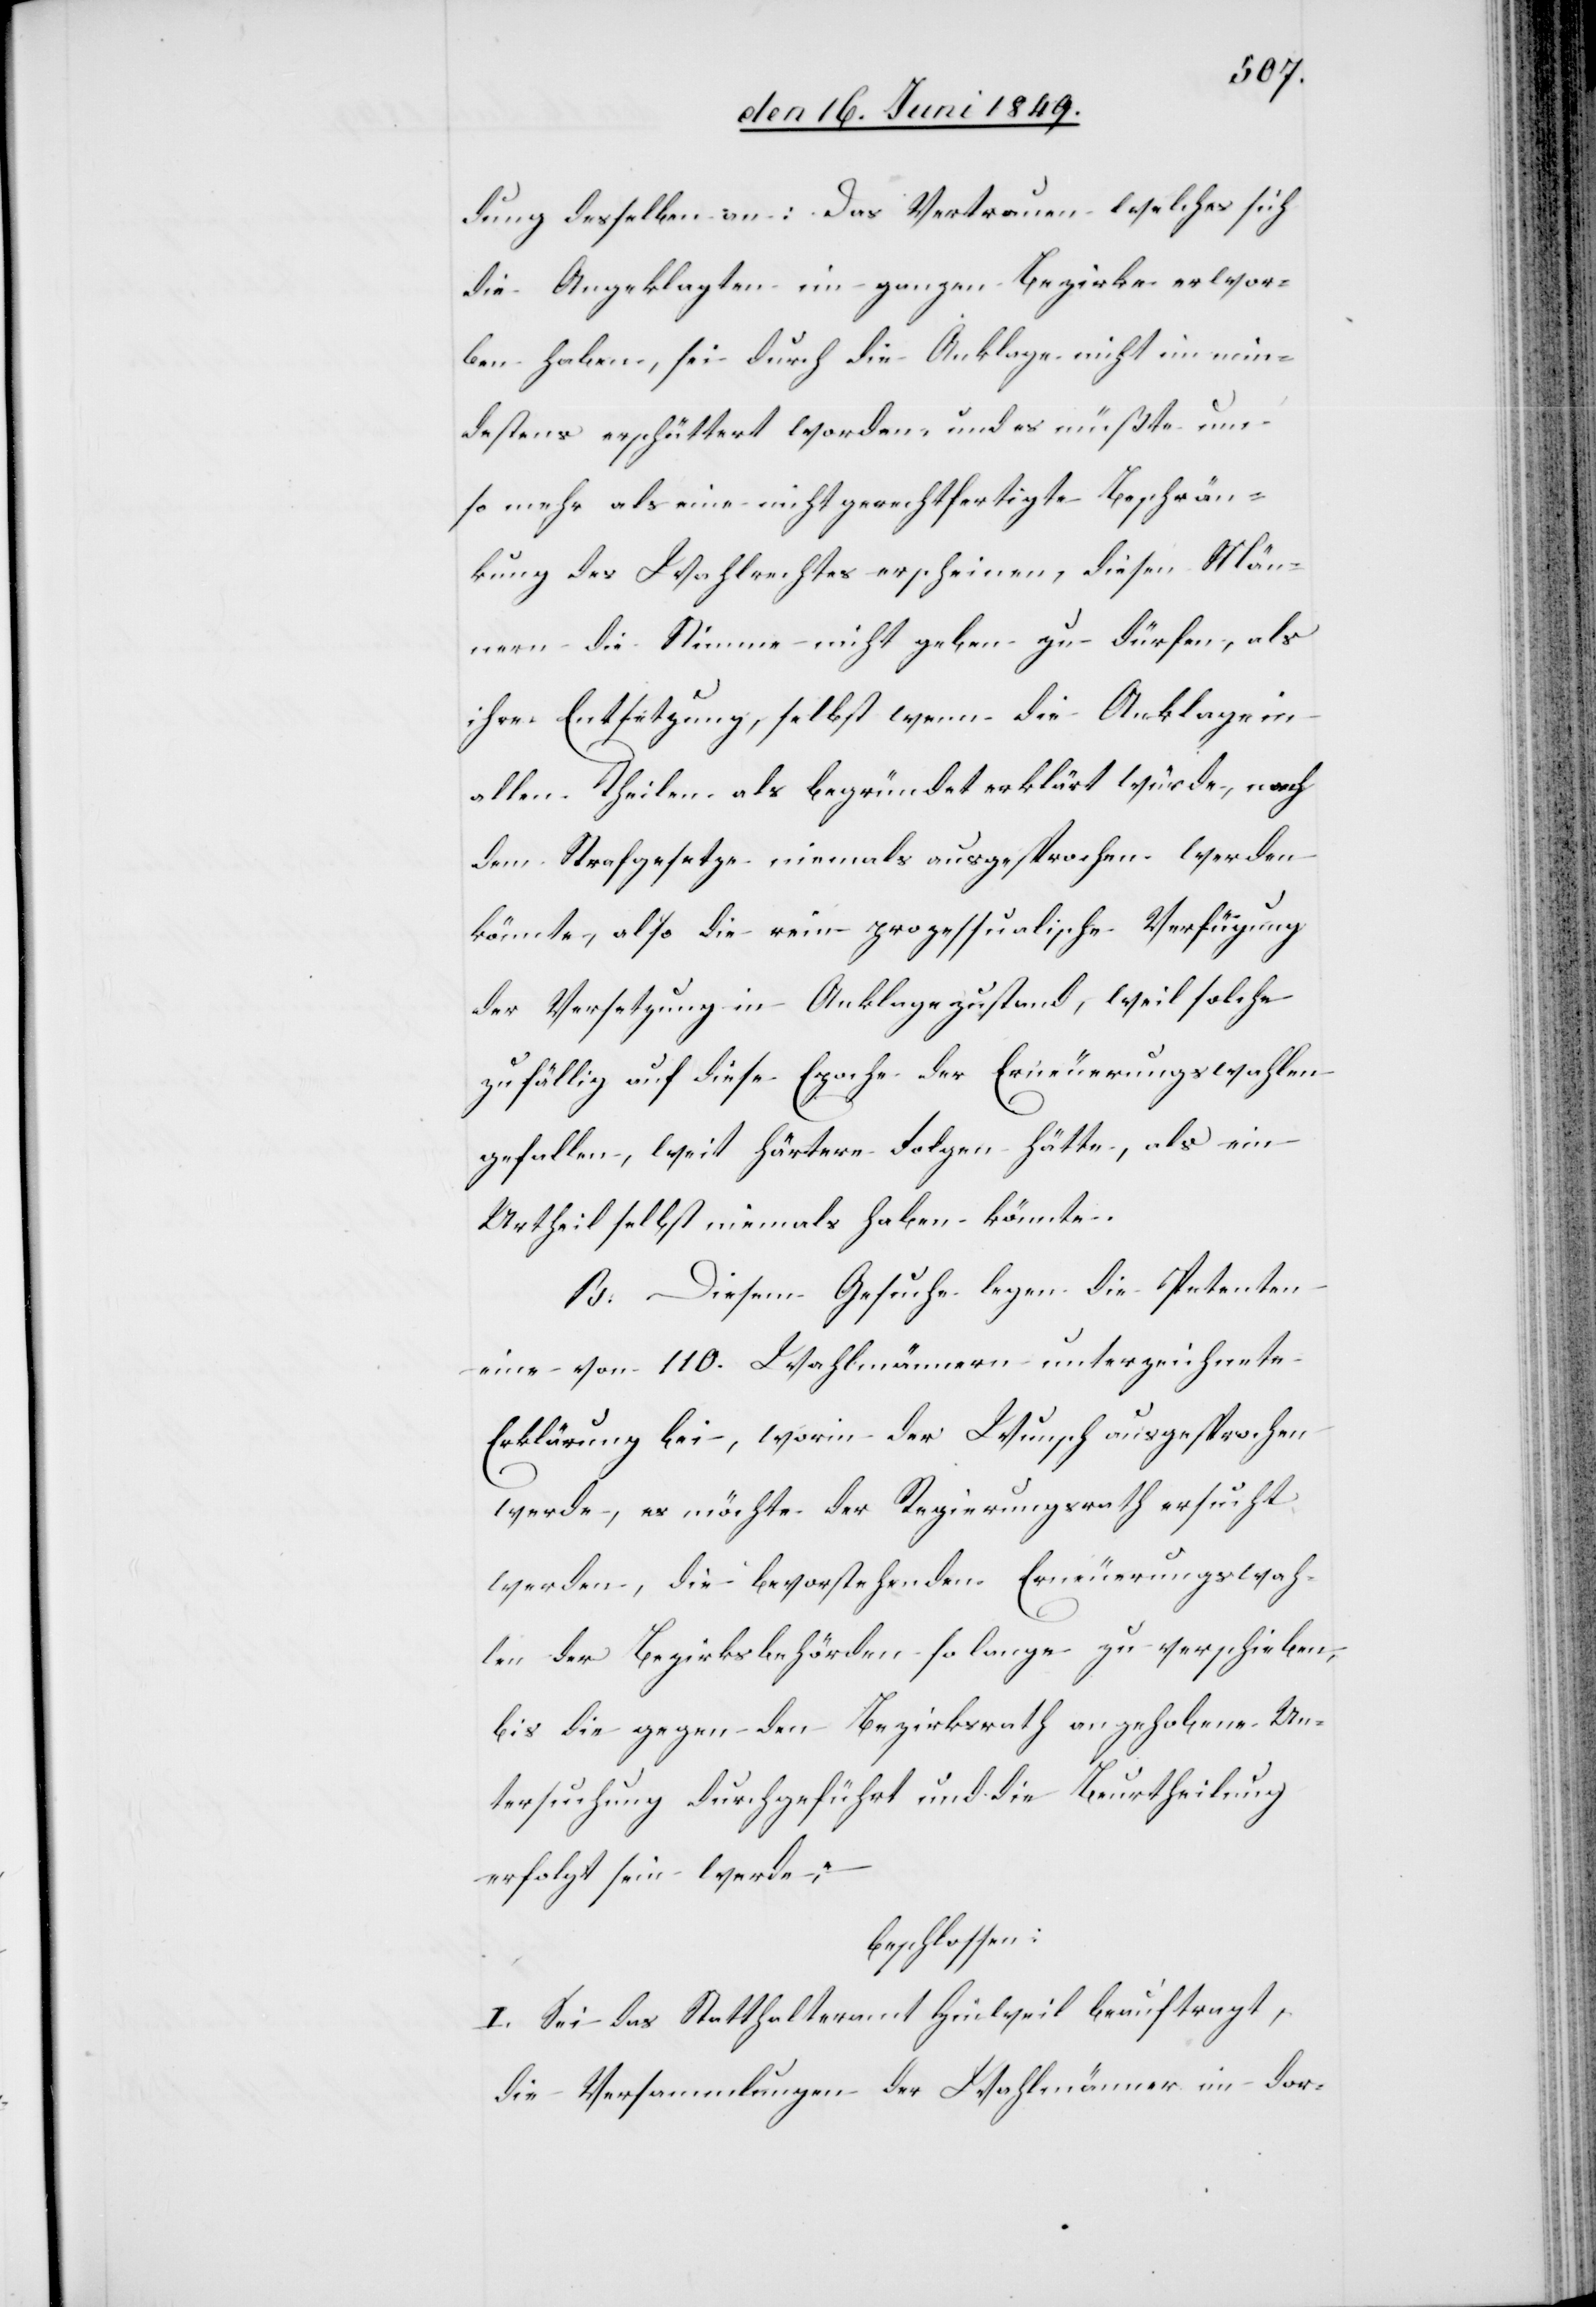
dung desselben an: Das Vertrauen welches sich
die Angeklagten im ganzen Bezirke erwor¬
ben haben, sei durch die Anklage nicht im min¬
destens erschüttert worden, und es müßte um
so mehr als eine nicht gerechtfertigte Beschrän¬
kung des Wahlrechtes erscheinen, diesen Män¬
nern die Stimme nicht geben zu dürfen, als
ihre Entsetzung, selbst wenn die Anklage in
allen Theilen als begründet erklärt würde, nach
dem Strafgesetze niemals ausgesprochen werden
könnte, also die rein prozessualische Verfügung
der Versetzung in Anklagezustand, weil solche
zufällig auf diese Epoche der Erneuerungswahlen
gefallen, weit härtere Folgen hätte, als ein
Urtheil selbst niemals haben könnte.
B. Diesem Gesuche legen die Petenten
eine vom 110. Wahlmännern unterzeichnete
Erklärung bei, worin der Wunsch ausgesprochen
werde, es möchte der Regierungsrath ersucht
werden, die bevorstehenden Erneuerungswah¬
len der Bezirksbehörden so lange zu verschieben,
bis die gegen den Bezirksrath angehobene Un¬
tersuchung durchgeführt und die Beurtheilung
erfolgt sein werde;
beschlossen:
I. Sei das Statthalteramt Hinweil beauftragt,
die Versammlungen der Wahlmänner im dor-